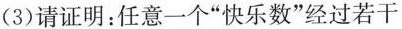
(3)请证明：任意一个”快乐数”经过若干